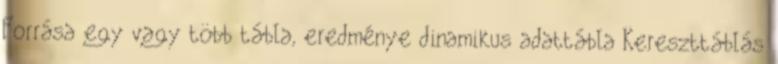
Forrása egy vagy több tábla, eredménye dinamikus adattábla Kereszttáblás